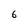
Character: 6